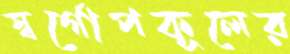
স্বর্গোপকূলের